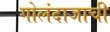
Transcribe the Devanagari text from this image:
गोलंदाजाची